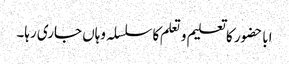
اباحضور کا تعلیم و تعلم کا سلسلہ وہاں جاری رہا۔